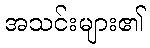
အသင်းများ၏